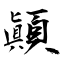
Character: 顚